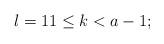
LaTeX: \begin{align*}l=1 1 \leq k< a-1;\end{align*}